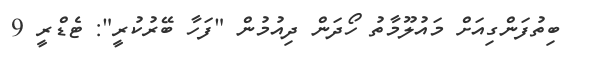
ބިތުފަންގިއަށް މައުލޫމާތު ހޯދަން ދިއުމުން "ފަހާ ބޭރުކުރީ": ޓެޑްރީ 9